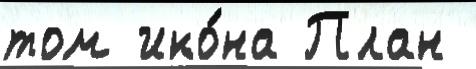
том ико́на План